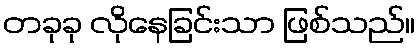
တခုခု လိုနေခြင်းသာ ဖြစ်သည်။